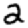
Digit: 2